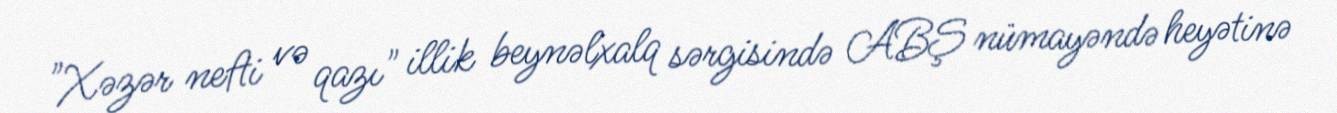
"Xəzər nefti və qazı" illik beynəlxalq sərgisində ABŞ nümayəndə heyətinə